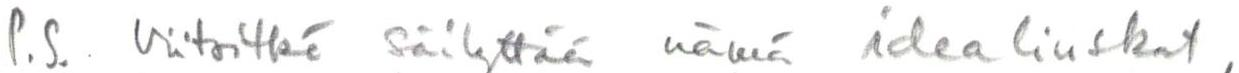
P.S. Viitsitkö säilyttää nämä idealiuskat,